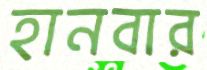
হানবার